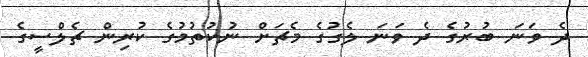
ދެ ވަނަ ބުރުގެ ދެ ވަނަ ލެގުގެ މެޗަށް ނުކުތުމުގެ ކުރިން ޗެލްސީގެ